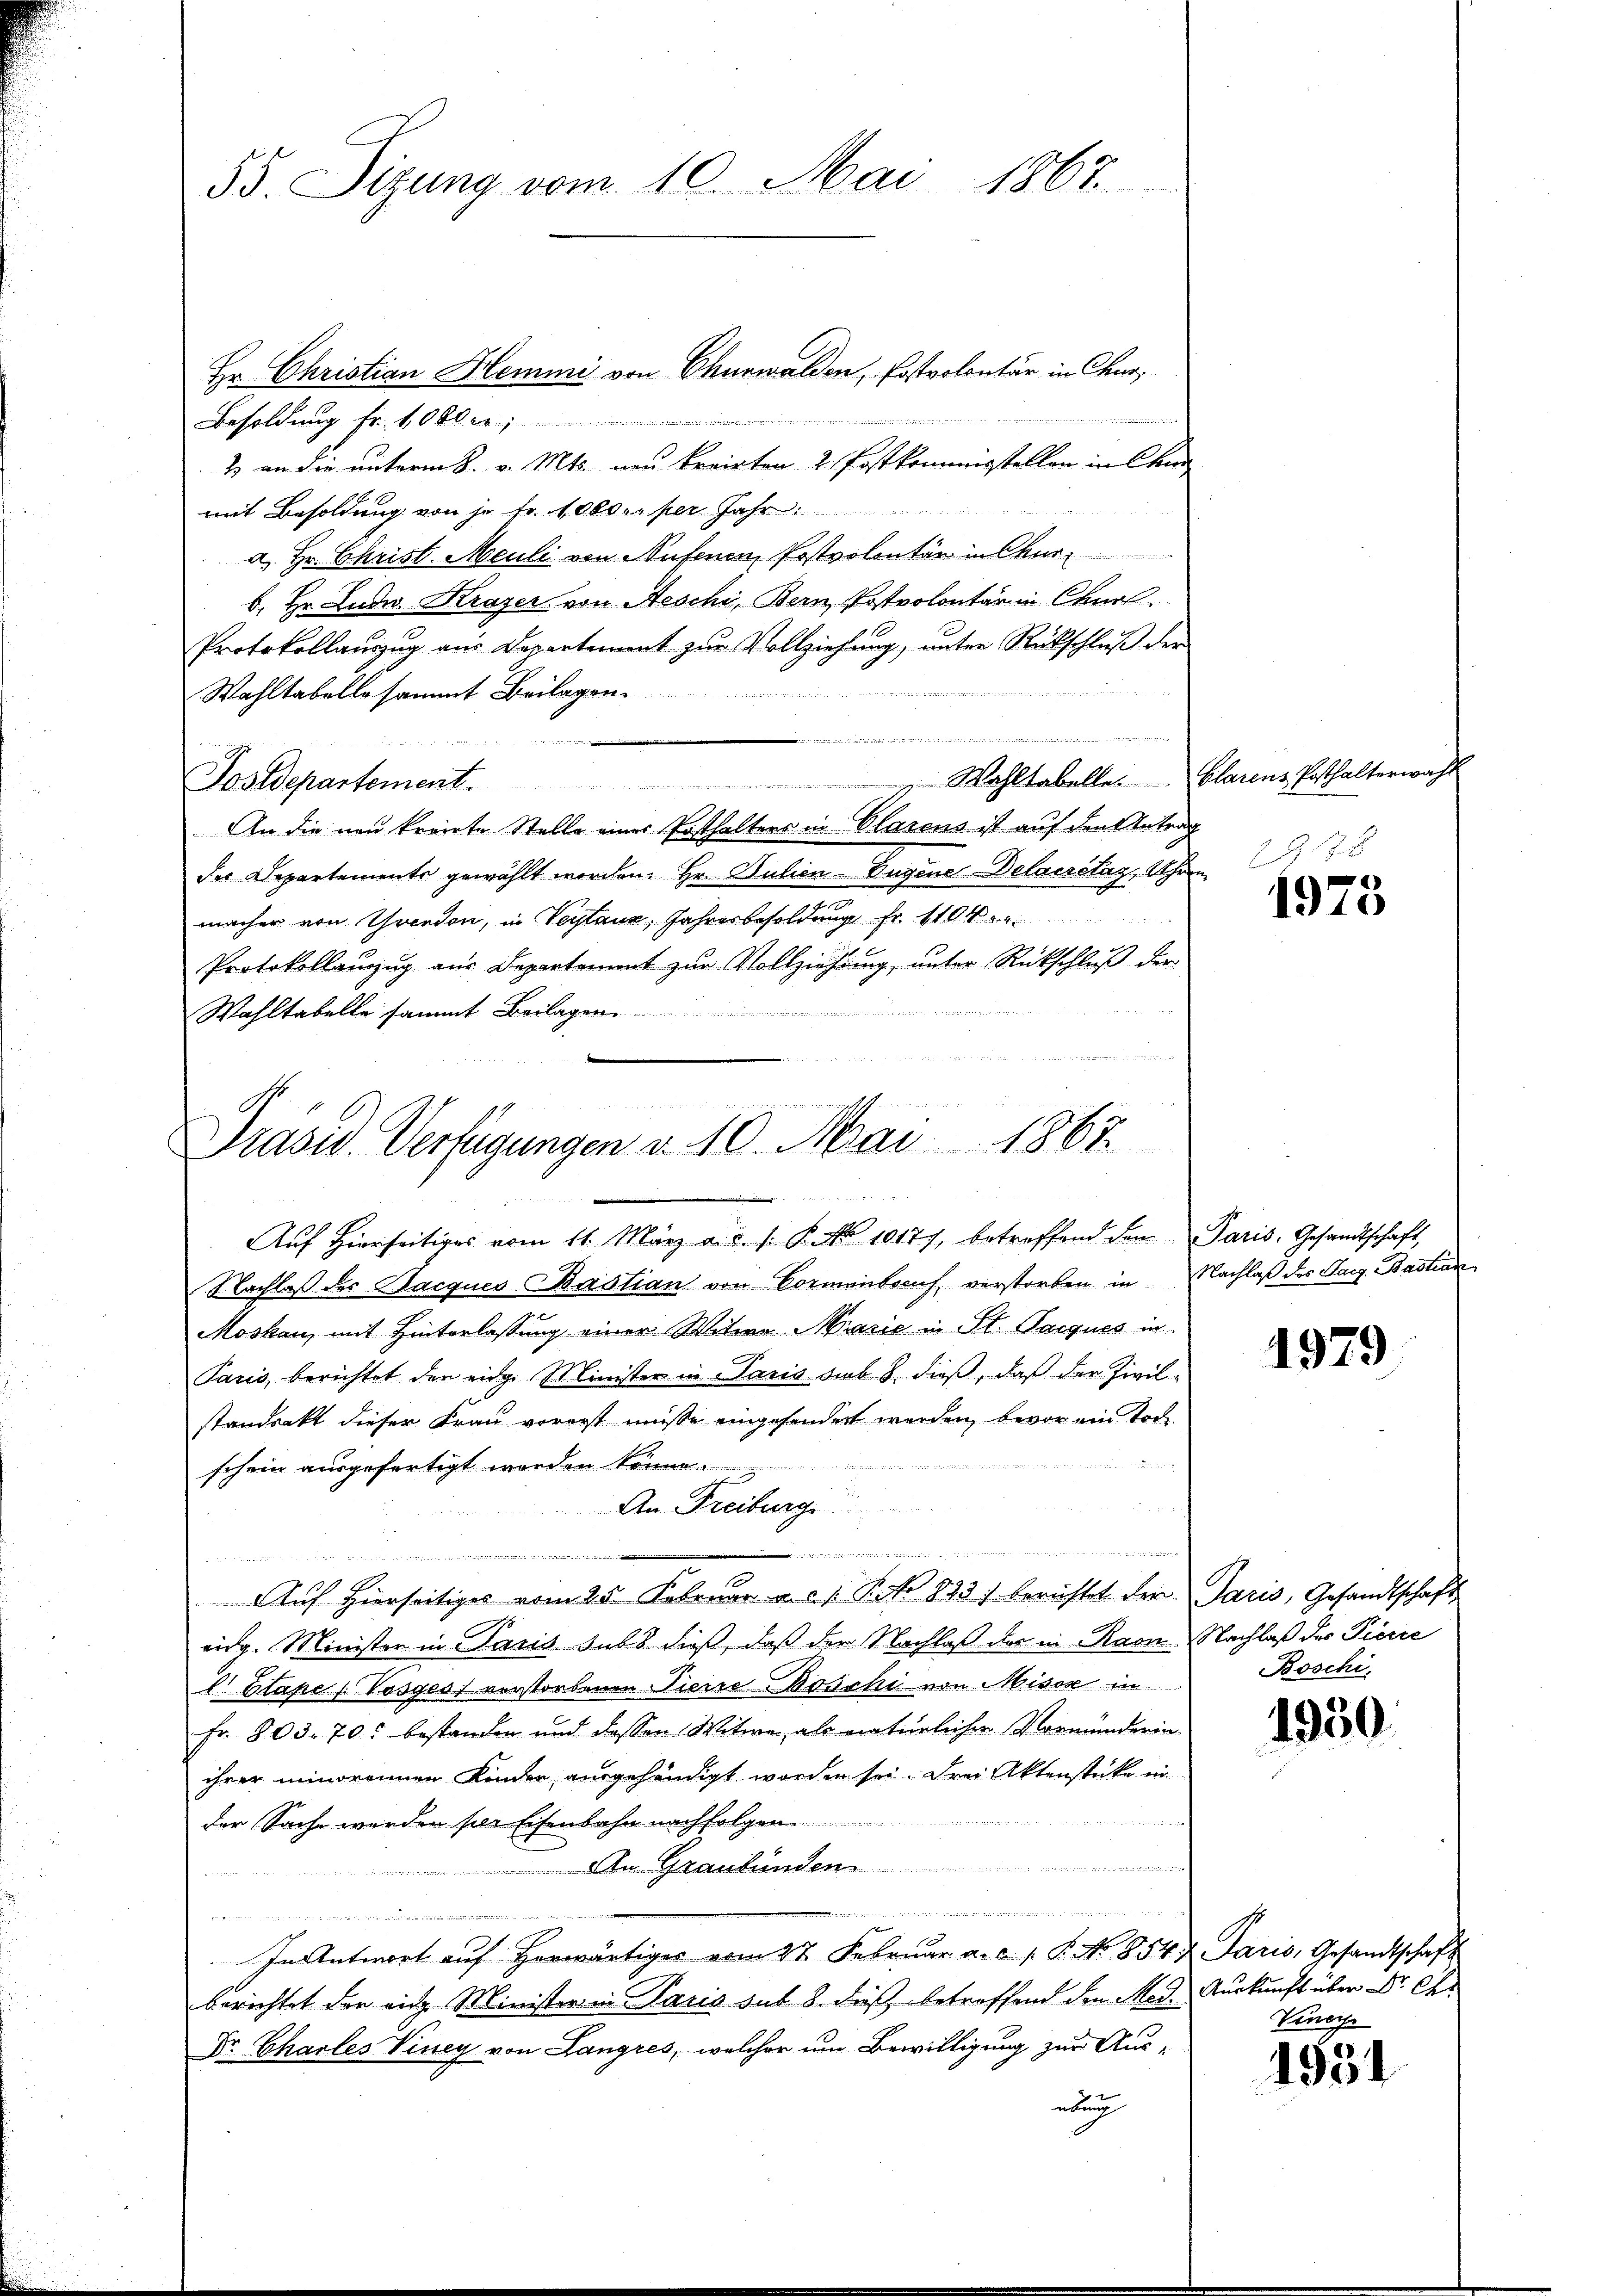
55. Sizung vom 10. Mai 1867

Hr. Christian Hemmi von Churwalden, Postvolontär in Chur,

de
Besoldung fr. 100 r
2 an die unterm 8. v. Mts. neu kreisten 2. Postkommisstellen in Chur
mit Besoldung von je Fr. 1000 er per Jahr
a. Hr. Christ. Meuli von Nufenen Postrolontär in Oberb. Hr. Ludw. Krazer von Aeschi, Bern, Postpolontär in Churl.
Protokollauszug aus Departement zur Vollziehung, unter Rückschluß der
14
Wahltabelle sammt Beilagen.

n
Postdepartement. Wahltabelle. Clarens Posthalterwahl
An die neu krönte Stelle eines Posthalters in Olarens ist auf den Antrag
des Departements gewählt worden. Hr. Julien Eugene Delacretag, Uhren
macher von Trendon, in Vertaus, Jahresbesoldung Fr. 110
Protokollanzug aus Departement zur Vollziehung, unter Rückschluß der
e

Wahltabelle sammt Beilagen

Drasw. Verfügungen v. 10. Mai 1863.

Aŭf Hierseitiges vom 11. März a. c. s. B. No 10177, betroffend den Paris, Gesandtschaft,

Nachlaß des Jacques Bastian von Vormenberuf, verstorben in Nachlaß des Sarg. Bastian
Moskau, mit Hinterlassung einer Witwe Marie in St. Parques in
Paris, berichtet der eidg. Minister in Paris sub 8. dieß, daß der Zivil-
standsakt dieser Frau vorerst müsse eingesondert werden, bevor ein Toch
a
schein ausgefertigt werden könne.
2
An Freiburg

s
n
 den
u
19
Auf hierseitiges vom 25. Februar a. d. 1. Petr 823) berichtet der Paris, Gesandtschaft
eidg. Minister in Paris sub 8 dieß, daß der Nachlaß des in Raon Nachlaß der Pierre
l. Blupe (Vosges. verstorbenen Pierre Boschi von Miser in
Fr. 803. 70. bestanden und dessen Witwe, als natürlicher Vormünderin-
ihrer minorennen Kinder ausgehändigt worden sei. Frei Aktenstücke in
der Sache werden per Eisenbahn nachfolgen.
An Graubünden
e
u
.
e
n
In Antwort auf herwärtiges vom 27. Februar a.c. s. S. No 854 u Paris, Gesandtschaft
berichtet der ein Minister in Paris sub 8. dieß betreffend der Med. Auskunft über Dr. Ch
Dr. Charles Viney von Langres, welcher um Bewilligung zur Aus-
etung

G. 188

1975

1979

Boschi

1930.

Vinci

1931